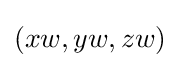
(xw,yw,zw)